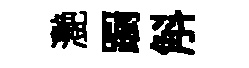
灧蹰斛